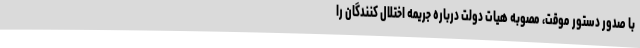
با صدور دستور موقت، مصوبه هیات دولت درباره جریمه اختلال کنندگان را